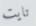
تايت